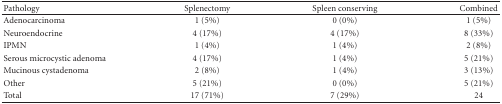
<table><thead><tr><td><b>Pathology</b></td><td><b>Splenectomy</b></td><td><b>Spleen conserving</b></td><td><b>Combined</b></td></tr></thead><tbody><tr><td>Adenocarcinoma</td><td>1 (5%)</td><td>0 (0%)</td><td>1 (5%)</td></tr><tr><td>Neuroendocrine</td><td>4 (17%)</td><td>4 (17%)</td><td>8 (33%)</td></tr><tr><td>IPMN</td><td>1 (4%)</td><td>1 (4%)</td><td>2 (8%)</td></tr><tr><td>Serous microcystic adenoma</td><td>4 (17%)</td><td>1 (4%)</td><td>5 (21%)</td></tr><tr><td>Mucinous cystadenoma</td><td>2 (8%)</td><td>1 (4%)</td><td>3 (13%)</td></tr><tr><td>Other</td><td>5 (21%)</td><td>0 (0%)</td><td>5 (21%)</td></tr><tr><td>Total</td><td>17 (71%)</td><td>7 (29%)</td><td>24</td></tr></tbody></table>